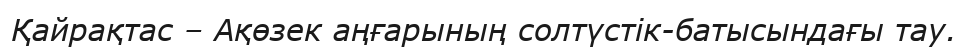
Қайрақтас – Ақөзек аңғарының солтүстік-батысындағы тау.